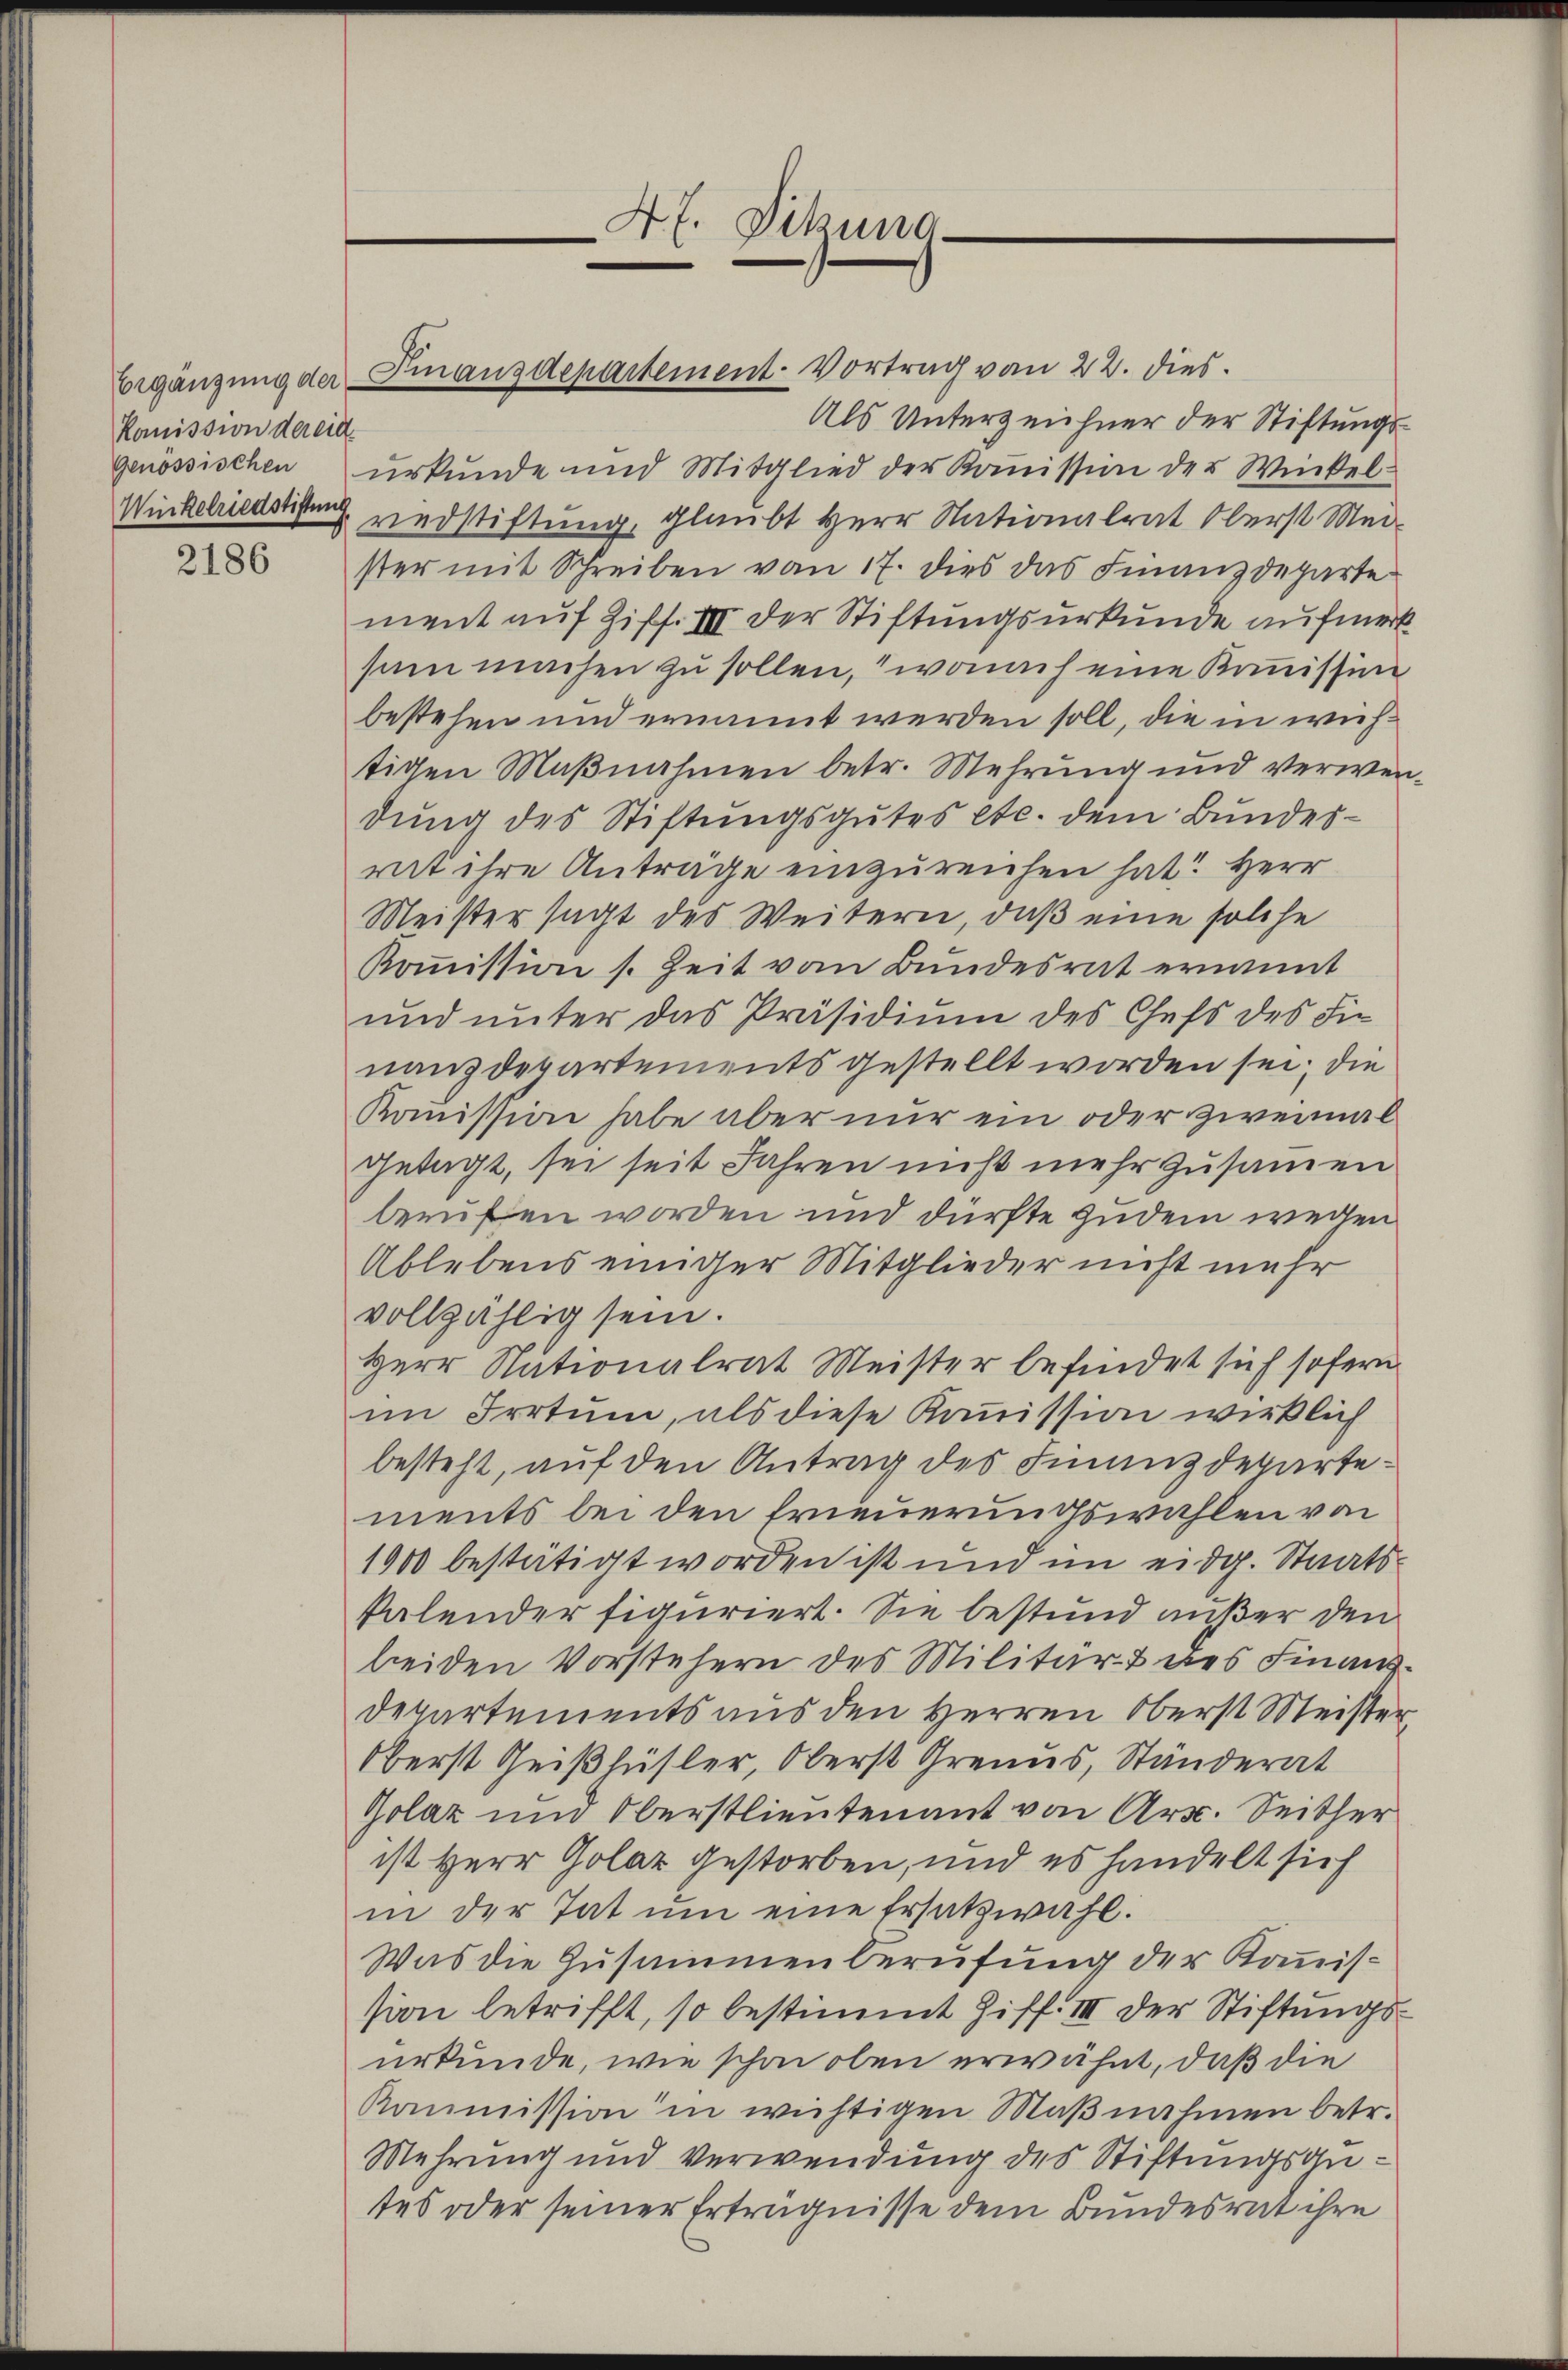
Kommission der eid.
Winkelriedstiftung

2186

Als Unterzeichner der Stiftungsgenössischen urkunde und Mitglied der Koṁission der Winkel
redstiftung, glaubt Herr Nationalrat Oberst Mei
ster mit Schreiben vom 17. dies das Finanzdeparte
ment auf Ziff. III der Stiftungsurkunde aufmerksam machen zu sollen, wonach eine Kommissio
bestehen und ernannt werden soll, die in wichtigen Maßnahmen betr. Mehrung und verwendung des Stiftungsgutes etc. dem Bundesrit ihre Anträge einzureichen hat? Herr
Meister sagt des Weitern, daß eine solche
kommission s. Zeit vom Bundesrat ernannt
und unter das Präsidium des Chefs des Fi
nanzdepartements gestellt worden sei; die
Kommission habe aber nur ein oder zweimal
getagt, sei seit Jahren nicht mehr zusammen
berufen worden und dürfte zudem weisen
Ablebens einiger Mitglieder nicht mehr
vollzählig sein.
Herr Nationalrat Meister befindet sich sofern
im Irrtum, als diese Kommission wirklich
besteht, auf den Antrag des Finanzdepartements bei den Erneuerungswahlen von
1900 bestätigt worden ist und im eidg. Staatskalender figuriert. Sie bestund außer den
beiden Vorstehern des Militär- & des Finanz¬
Departements aus den Herren Oberst Meister
Oberst Geißhüsler, Oberst Grenus, Ständerat
Golaz um Oberstlieutenant von Art. Seither
ist Herr Golaz gestorben, und es handelt sich
in der Tat um eine Ersatzwahl.
Was die Zusammenberufung der Kommission betrifft, so bestimmt Ziff. III der Stiftungsurkunde, wie schon oben erwähnt, daß die
Kommission in wichtigen Maβnahmen betr.
Mehrung und Verwendung des Stiftungsgutes oder seiner Erträgnisse dem Bundesrat ihre

4f. Dikzuna-

Ergänzung der Finanzdepartement-Vortrag von 22. dies